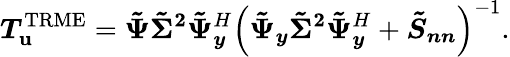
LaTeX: \boldsymbol{T}_{\boldsymbol{\mathbf{u}}}^{\mathrm{{TRME}}}=\boldsymbol{\tilde{{\Psi}}}\boldsymbol{\tilde{{\Sigma}}^{2}}\boldsymbol{\tilde{{\Psi}}}_{\boldsymbol{y}}^{H}\left(\boldsymbol{\tilde{{\Psi}}_{y}}\boldsymbol{\tilde{{\Sigma}}^{2}}\boldsymbol{\tilde{{\Psi}}}_{\boldsymbol{y}}^{H}+\boldsymbol{\tilde{{S}}_{nn}}\right)^{-1}.